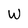
Character: W